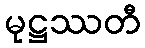
မုဋ္ဌဿတီ